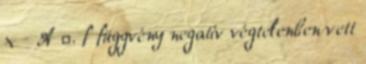
x - A ε. f függvény negatív végtelenben vett